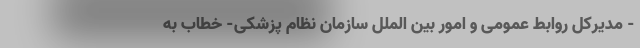
- مدیرکل روابط عمومی و امور بین الملل سازمان نظام پزشکی- خطاب به